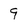
Character: 9